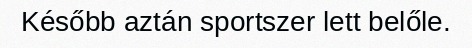
Később aztán sportszer lett belőle.